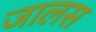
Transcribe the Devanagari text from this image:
जालस